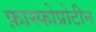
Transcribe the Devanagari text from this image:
फ़ास्फोप्रोटीन